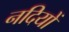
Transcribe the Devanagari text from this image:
नदियों